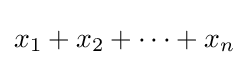
x_{1}+x_{2}+\dots +x_{n}